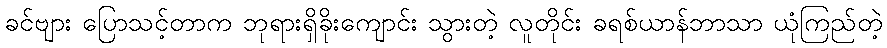
ခင်ဗျား ပြောသင့်တာက ဘုရားရှိခိုးကျောင်း သွားတဲ့ လူတိုင်း ခရစ်ယာန်ဘာသာ ယုံကြည်တဲ့